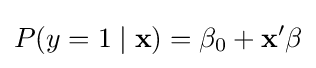
P(y=1\mid \mathbf {x} )=\beta _{0}+\mathbf {x} '\beta